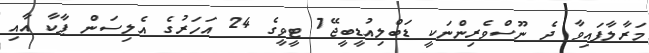
މަރާލާފައިވާ ދެ ނޫސްވެރިންނަކީ ޑަބްލިއުޑީބީޖޭ7 ޓީވީގެ 24 އަހަރުގެ އެލިސަން ޕާކާ އާއި